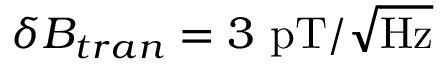
\delta B _ { t r a n } = 3 ~ \mathrm { p T / \sqrt { H z } }